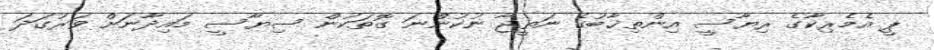
ޕީ އެމެރިކާގެ ރިޔާސީ އިންތިޚާބުގެ ނަތީޖާ ނުކުންނަ ގޮތަކުން ސިޔާސީ މައިދާނަށް ވަރުގަދަ